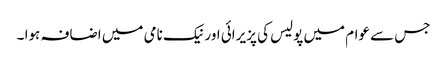
جس سے عوام میں پولیس کی پزیرائی اور نیک نامی میں اضافہ ہوا ۔